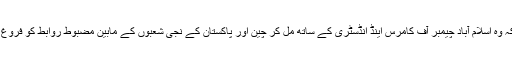
انہوں نے یقین دہانی کرائی کہ وہ اسلام آباد چیمبر آف کامرس اینڈ انڈسٹری کے ساتھ مل کر چین اور پاکستان کے نجی شعبوں کے مابین مضبوط روابط کو فروغ دینے کی کوشش کریں گے۔